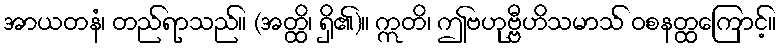
အာယတနံ၊ တည်ရာသည်။ (အတ္ထိ၊ ရှိ၏)။ ဣတိ၊ ဤဗဟုဗ္ဗီဟိသမာသ် ဝစနတ္ထကြောင့်။